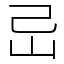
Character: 㞯